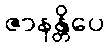
ဇာနန္တိပေ